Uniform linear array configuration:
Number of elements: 64
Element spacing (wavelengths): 1
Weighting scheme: exponential
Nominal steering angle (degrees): -60
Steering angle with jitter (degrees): -59.045
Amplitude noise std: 0.05
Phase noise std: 0.05

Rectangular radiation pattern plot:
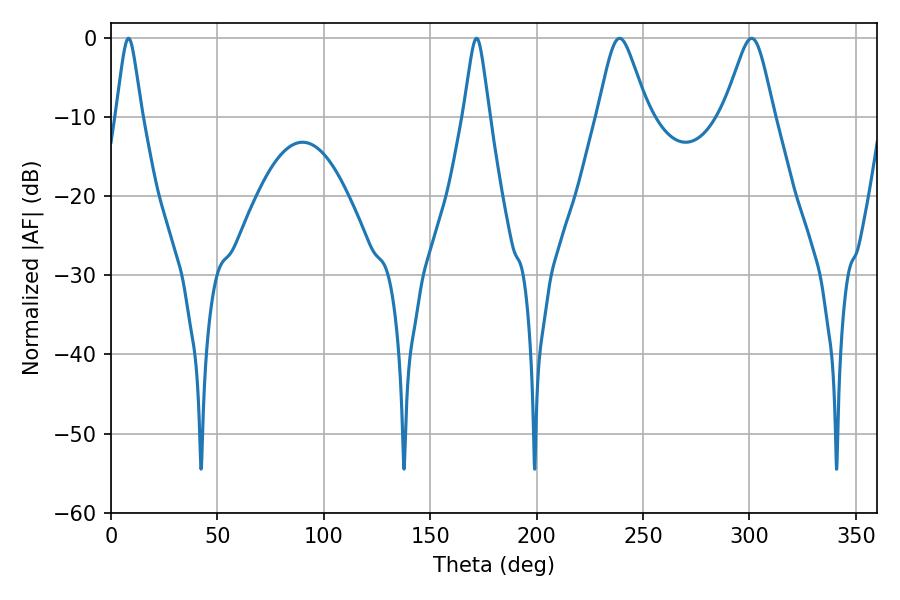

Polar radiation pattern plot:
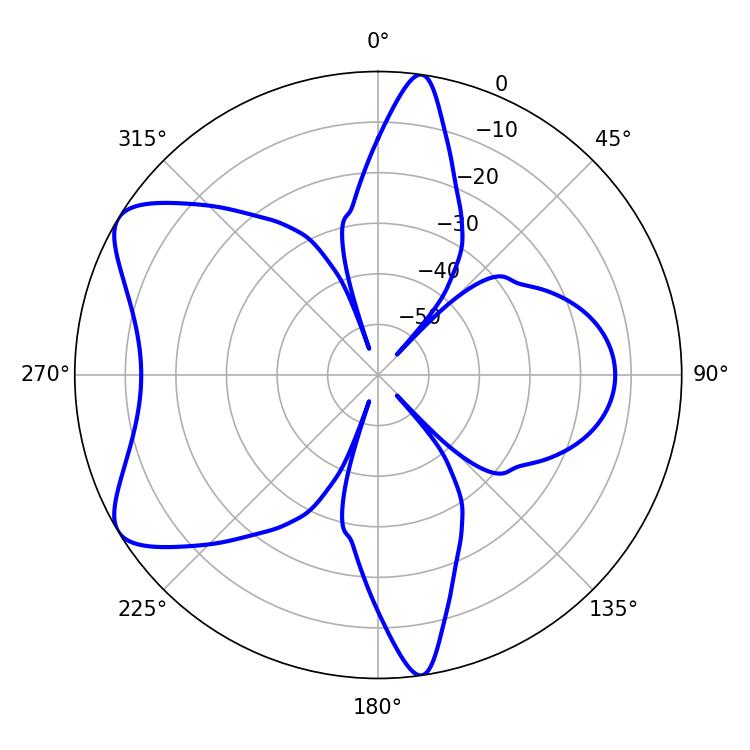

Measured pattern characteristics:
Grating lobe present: TRUE
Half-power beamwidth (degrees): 11.52
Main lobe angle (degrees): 239.04